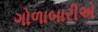
ગોળાબારીએ